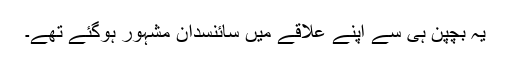
یہ بچپن ہی سے اپنے علاقے میں سائنسدان مشہور ہوگئے تھے۔